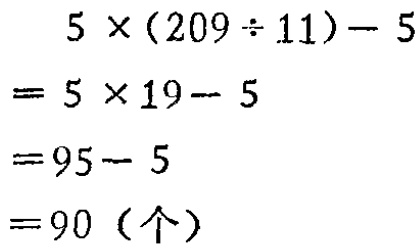
\[
\begin{align*}
&5\times(209\div11)-5\\
=&5\times19 - 5\\
=&95 - 5\\
=&90 (\text{个})
\end{align*}
\]